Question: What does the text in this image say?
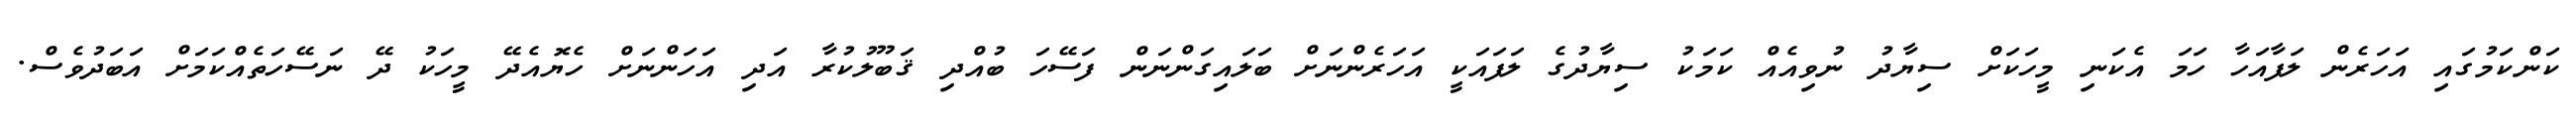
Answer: ކަންކަމުގައި އަހަރެން ލަފާއަހާ ހަމަ އެކަނި މީހަކަށް ސިޔާދު ނުވިއެއް ކަމަކު ސިޔާދުގެ ލަފައަކީ އަހަރެންނަށް ބަލައިގަންނަން ފަސޭހަ ބުއްދި ޤަބޫލުކުރާ އަދި އަހަންނަށް ހެޔޮއެދޭ މީހަކު ދޭ ނަސޭހަތެއްކަމަށް އަބަދުވެސް.